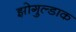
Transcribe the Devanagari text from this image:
झोगुल्डाक